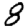
Digit: 8